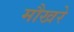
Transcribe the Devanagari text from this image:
मौखरे